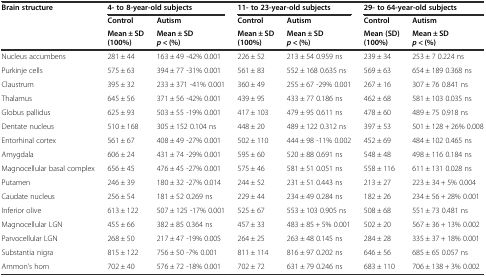
<table><thead><tr><td rowspan="3"><b>Brain structure</b></td><td colspan="2"><b>4- to 8-year-old subjects</b></td><td colspan="2"><b>11- to 23-year-old subjects</b></td><td colspan="2"><b>29- to 64-year-old subjects</b></td></tr><tr><td><b>Control</b></td><td><b>Autism</b></td><td><b>Control</b></td><td><b>Autism</b></td><td><b>Control</b></td><td><b>Autism</b></td></tr><tr><td><b>Mean ± SD (100%)</b></td><td><b>Mean ± SD<i>p</i> &lt; (%)</b></td><td><b>Mean ± SD (100%)</b></td><td><b>Mean ± SD<i>p</i> &lt; (%)</b></td><td><b>Mean (SD) (100%)</b></td><td><b>Mean ± SD<i>p</i> &lt; (%)</b></td></tr></thead><tbody><tr><td>Nucleus accumbens</td><td>281 ± 44</td><td>163 ± 49 -42% 0.001</td><td>226 ± 52</td><td>213 ± 54 0.959 ns</td><td>239 ± 34</td><td>253 ± 7 0.224 ns</td></tr><tr><td>Purkinje cells</td><td>575 ± 63</td><td>394 ± 77 -31% 0.001</td><td>561 ± 83</td><td>552 ± 168 0.635 ns</td><td>569 ± 63</td><td>654 ± 189 0.368 ns</td></tr><tr><td>Claustrum</td><td>395 ± 32</td><td>233 ± 371 -41% 0.001</td><td>360 ± 49</td><td>255 ± 67 -29% 0.001</td><td>267 ± 16</td><td>307 ± 76 0.841 ns</td></tr><tr><td>Thalamus</td><td>645 ± 56</td><td>371 ± 56 -42% 0.001</td><td>439 ± 95</td><td>433 ± 77 0.186 ns</td><td>462 ± 68</td><td>581 ± 103 0.035 ns</td></tr><tr><td>Globus pallidus</td><td>625 ± 93</td><td>503 ± 55 -19% 0.001</td><td>417 ± 103</td><td>479 ± 95 0.611 ns</td><td>478 ± 60</td><td>489 ± 75 0.918 ns</td></tr><tr><td>Dentate nucleus</td><td>510 ± 168</td><td>305 ± 152 0.104 ns</td><td>448 ± 20</td><td>489 ± 122 0.312 ns</td><td>397 ± 53</td><td>501 ± 128 + 26% 0.008</td></tr><tr><td>Entorhinal cortex</td><td>561 ± 67</td><td>408 ± 49 -27% 0.001</td><td>502 ± 110</td><td>444 ± 98 -11% 0.002</td><td>452 ± 69</td><td>484 ± 102 0.465 ns</td></tr><tr><td>Amygdala</td><td>606 ± 24</td><td>431 ± 74 -29% 0.001</td><td>595 ± 60</td><td>520 ± 88 0.691 ns</td><td>548 ± 48</td><td>498 ± 116 0.184 ns</td></tr><tr><td>Magnocellular basal complex</td><td>656 ± 45</td><td>476 ± 45 -27% 0.001</td><td>575 ± 46</td><td>581 ± 51 0.051 ns</td><td>558 ± 116</td><td>611 ± 131 0.028 ns</td></tr><tr><td>Putamen</td><td>246 ± 39</td><td>180 ± 32 -27% 0.014</td><td>244 ± 52</td><td>231 ± 51 0.443 ns</td><td>213 ± 27</td><td>223 ± 34 + 5% 0.004</td></tr><tr><td>Caudate nucleus</td><td>256 ± 54</td><td>181 ± 52 0.269 ns</td><td>229 ± 44</td><td>234 ± 49 0.284 ns</td><td>182 ± 26</td><td>234 ± 56 + 28% 0.001</td></tr><tr><td>Inferior olive</td><td>613 ± 122</td><td>507 ± 125 -17% 0.001</td><td>525 ± 67</td><td>553 ± 103 0.905 ns</td><td>508 ± 68</td><td>551 ± 73 0.481 ns</td></tr><tr><td>Magnocellular LGN</td><td>455 ± 66</td><td>382 ± 85 0.364 ns</td><td>457 ± 33</td><td>483 ± 85 + 5% 0.001</td><td>502 ± 20</td><td>567 ± 36 + 13% 0.002</td></tr><tr><td>Parvocellular LGN</td><td>268 ± 50</td><td>217 ± 47 -19% 0.005</td><td>264 ± 25</td><td>263 ± 48 0.145 ns</td><td>284 ± 28</td><td>335 ± 37 + 18% 0.001</td></tr><tr><td>Substantia nigra</td><td>815 ± 122</td><td>756 ± 50 -7% 0.001</td><td>811 ± 114</td><td>816 ± 97 0.202 ns</td><td>646 ± 56</td><td>685 ± 65 0.057 ns</td></tr><tr><td>Ammon’s horn</td><td>702 ± 40</td><td>576 ± 72 -18% 0.001</td><td>702 ± 72</td><td>631 ± 79 0.246 ns</td><td>683 ± 110</td><td>706 ± 138 + 3% 0.002</td></tr></tbody></table>